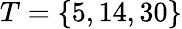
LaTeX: T=\{ 5,14,30\}